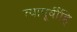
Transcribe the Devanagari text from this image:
त्यापूर्वीहि